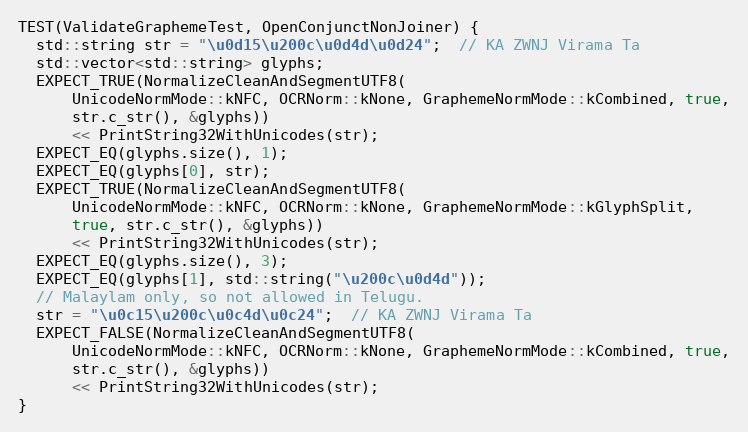
Language: C++
TEST(ValidateGraphemeTest, OpenConjunctNonJoiner) {
  std::string str = "\u0d15\u200c\u0d4d\u0d24";  // KA ZWNJ Virama Ta
  std::vector<std::string> glyphs;
  EXPECT_TRUE(NormalizeCleanAndSegmentUTF8(
      UnicodeNormMode::kNFC, OCRNorm::kNone, GraphemeNormMode::kCombined, true,
      str.c_str(), &glyphs))
      << PrintString32WithUnicodes(str);
  EXPECT_EQ(glyphs.size(), 1);
  EXPECT_EQ(glyphs[0], str);
  EXPECT_TRUE(NormalizeCleanAndSegmentUTF8(
      UnicodeNormMode::kNFC, OCRNorm::kNone, GraphemeNormMode::kGlyphSplit,
      true, str.c_str(), &glyphs))
      << PrintString32WithUnicodes(str);
  EXPECT_EQ(glyphs.size(), 3);
  EXPECT_EQ(glyphs[1], std::string("\u200c\u0d4d"));
  // Malaylam only, so not allowed in Telugu.
  str = "\u0c15\u200c\u0c4d\u0c24";  // KA ZWNJ Virama Ta
  EXPECT_FALSE(NormalizeCleanAndSegmentUTF8(
      UnicodeNormMode::kNFC, OCRNorm::kNone, GraphemeNormMode::kCombined, true,
      str.c_str(), &glyphs))
      << PrintString32WithUnicodes(str);
}